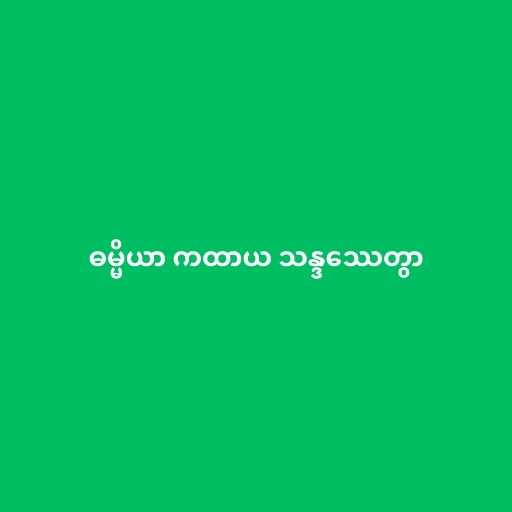
ဓမ္မိယာ ကထာယ သန္ဒဿေတွာ